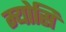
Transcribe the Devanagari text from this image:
म्योसिं